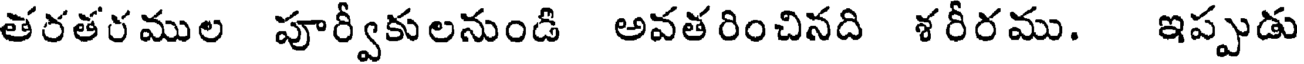
తరతరముల పూర్వీకులనుండి అవతరించినది శరీరము. ఇప్పుడు